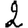
Digit: 2